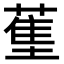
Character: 𬞄